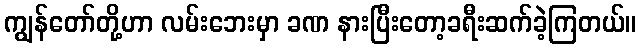
ကျွန်တော်တို့ဟာ လမ်းဘေးမှာ ခဏ နားပြီးတော့ခရီးဆက်ခဲ့ကြတယ်။